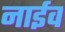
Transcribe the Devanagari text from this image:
नाईव